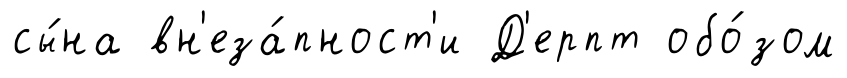
сы́на вн'еза́пност'и Д'ерпт обо́зом